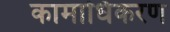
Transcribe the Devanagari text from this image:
कामाधिकरण